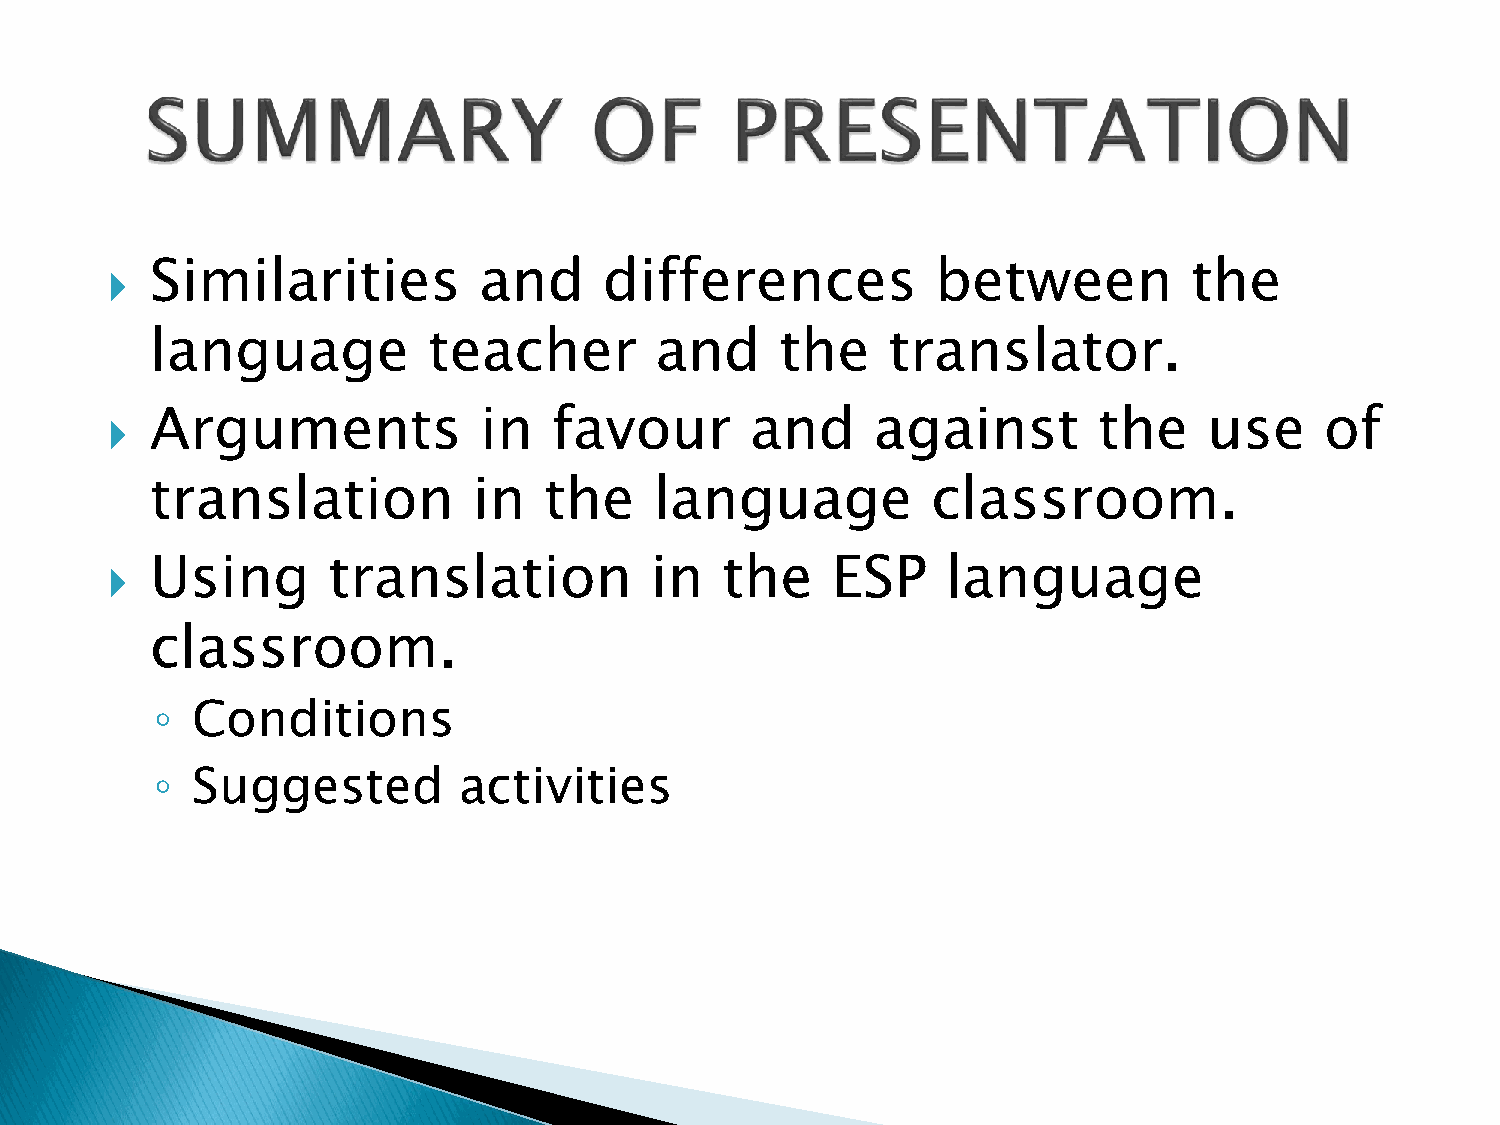
Similarities          and     differences           between          the
 
 language          teacher        and      the    translator.
 Arguments             in   favour       and     against        the    use     of
 
 translation          in   the    language           classroom.
 Using       translation          in   the    ESP     language
 
 classroom.
 ◦  Conditions
 ◦  Suggested        activities